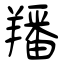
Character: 羳